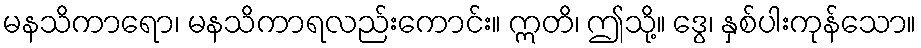
မနသိကာရော၊ မနသိကာရလည်းကောင်း။ ဣတိ၊ ဤသို့။ ဒွေ၊ နှစ်ပါးကုန်သော။